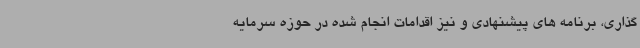
گذاری، برنامه های پیشنهادی و نیز اقدامات انجام شده در حوزه سرمایه